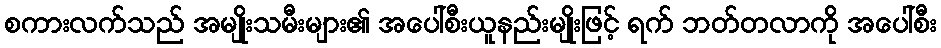
စကားလက်သည် အမျိုးသမီးများ၏ အပေါ်စီးယူနည်းမျိုးဖြင့် ရက် ဘတ်တလာကို အပေါ်စီး